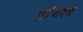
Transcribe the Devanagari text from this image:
पांचरथ